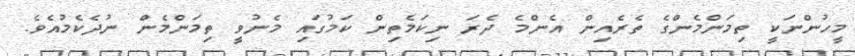
މީހުންނަކީ ތިމަންމެންގެ ތެރެއިން އެންމެ ދެރަ ނިކަމެތިން ކަމުގައި މެނުވީ ތިމަންމެން ނުދެކެމުއެވެ.